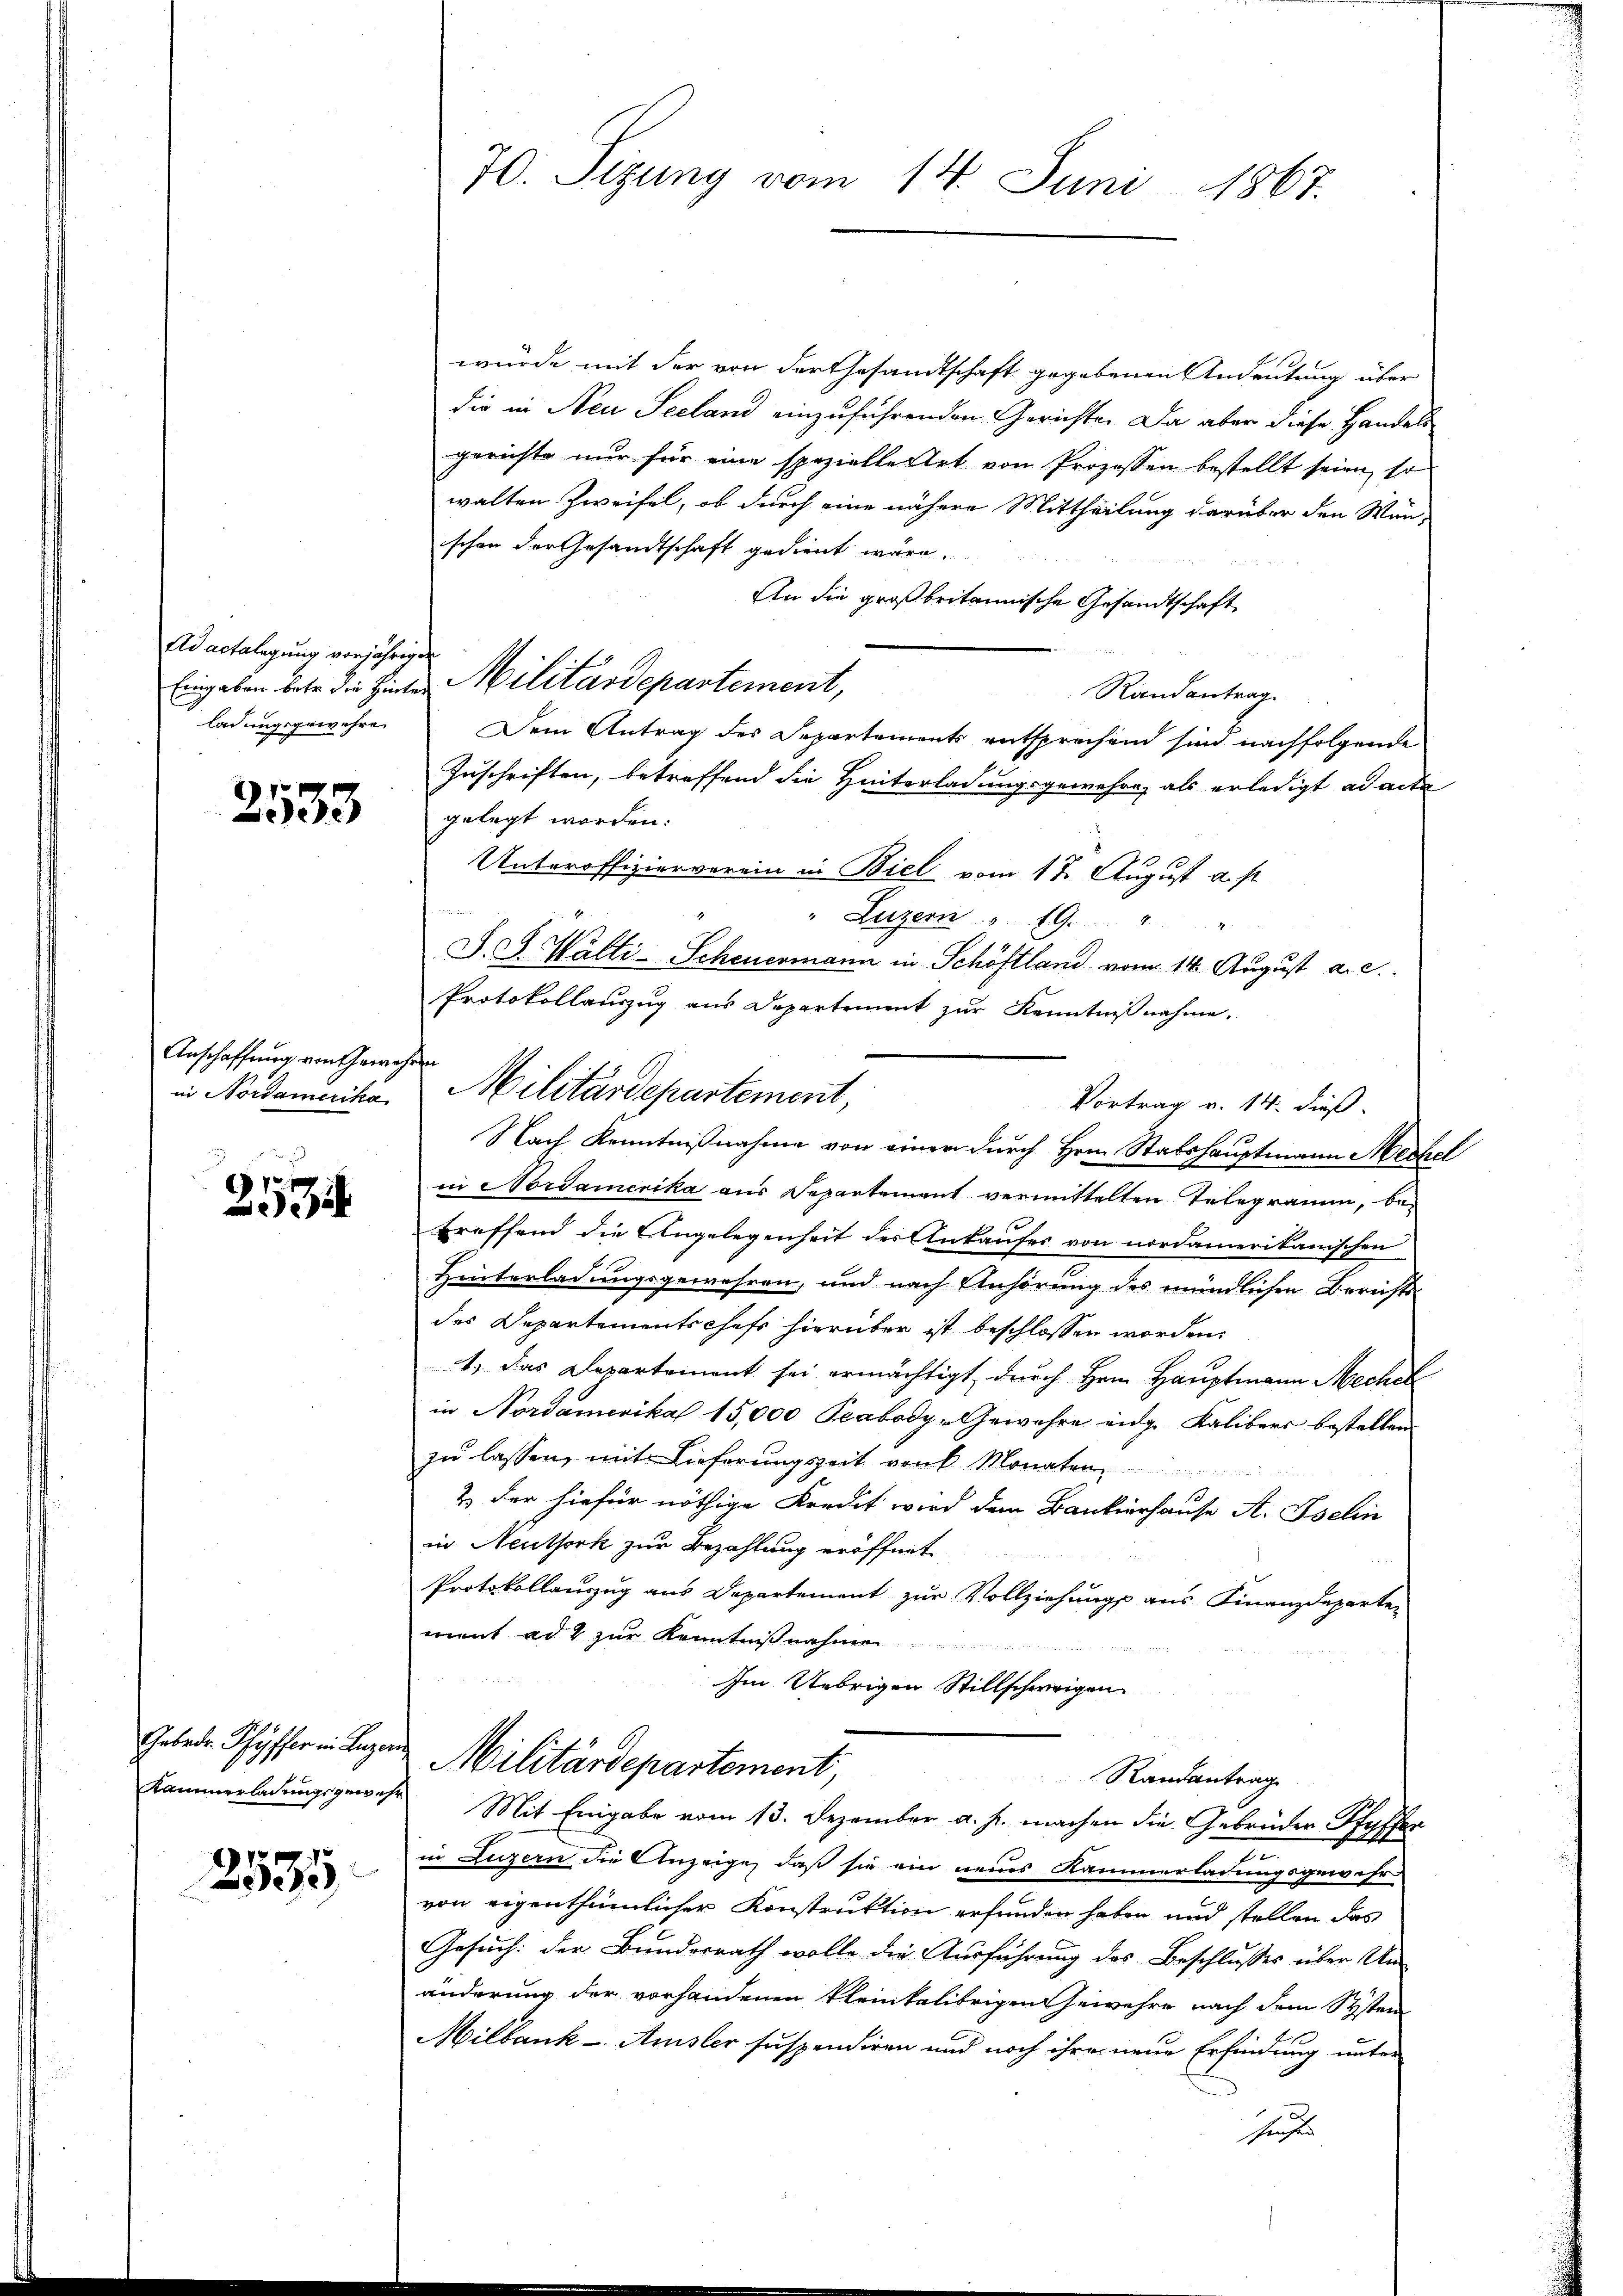
Ad actalegung vorjährigen
ladungsgewehre

2533

Anschaffung von Gewehen
in Nordamerika

253

Gebeden Schyffer in Luzer

2535

70. Sizung vom 14. Juni 1867.

würde mit der von der Gesandtschaft gegebenen Andeutung über
die in Neu Seeland einzuführenden Gerichte. Da aber diese Handels
gerichte nur für eine spezielle Art von Prozessen bestellt seien, so
walten Zweifel, ob durch eine nähere Mittheilung darüber den Wünschon der Gesandtschaft gedient wäre.
An die großbritannische Gesandtschaft

Randantrag.
Dem Antrag des Departements entsprechend sind nachfolgende
Zuschriften, betreffend die Hinterladungsgewehre, als erledigt ad acte
gelegt worden:
Unteroffizierverein in Biel vom 1ten August u. s.
er
" Luzern 19. " "
J. G. Wälti-Scheuermann in Schöftland vom 14. August a.c.
Protokollauszug aus Departement zur Kenntnißnahme.
Militärdepartement,
Vortrag v. 14. dieß.
s
Nach Kenntnißnahme von einer durch Hrn. Stabshauptmann Mechel
in Nordamerika aus Departement vermittelten Telegramm, betreffend die Angelegenheit des Ankaufes von nordamerikanischen
Hinterladungsgewahren, und nach Anhörung des mündlichen Berichts
des Departementschaft hierüber ist beschlossen worden.
1., Das Departement sei ermächtigt, durch Hrn. Hauptmann Mechel
in Nordamerikal 15,000 Peabody-Gewehre eidg. Kalibers bestellen
zŭ lassen, mit Lieferŭngszeit von 6 Monaten,
2) der hiefür nöthige Kredit wird dem Bankierhause A. Iselin
in Neuthork zur Bezahlung eröffnet
Protokollauszug aus Departement zur Vollziehung aus Finanzdeparte
ment ad 2 zur Kenntn
Im Uebrigen Stillschweigen

Eingaben betr. die Hinter Militärdepartement,

Militärdepartement,
Randantrag
Kammerladungsgewahre Mit Eingabe vom 13. Dezember a. h. machen die Gebrüder-Pfaffer

In
in Luzern die Anzeige, daß sie ein neues Kammerladungsgewehr
von eigenthümlicher Konstruktion erfunden haben und stellen das
Gesuch: der Bundesrath wolle die Ausführung des Beschlusses über An-
änderung der vorhandenen kleinkalibrigen Gewehre nach dem System
Milbank - Amster suspendiren und noch ihre neue Erfindung unter
seits